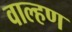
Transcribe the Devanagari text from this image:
वाल्हण